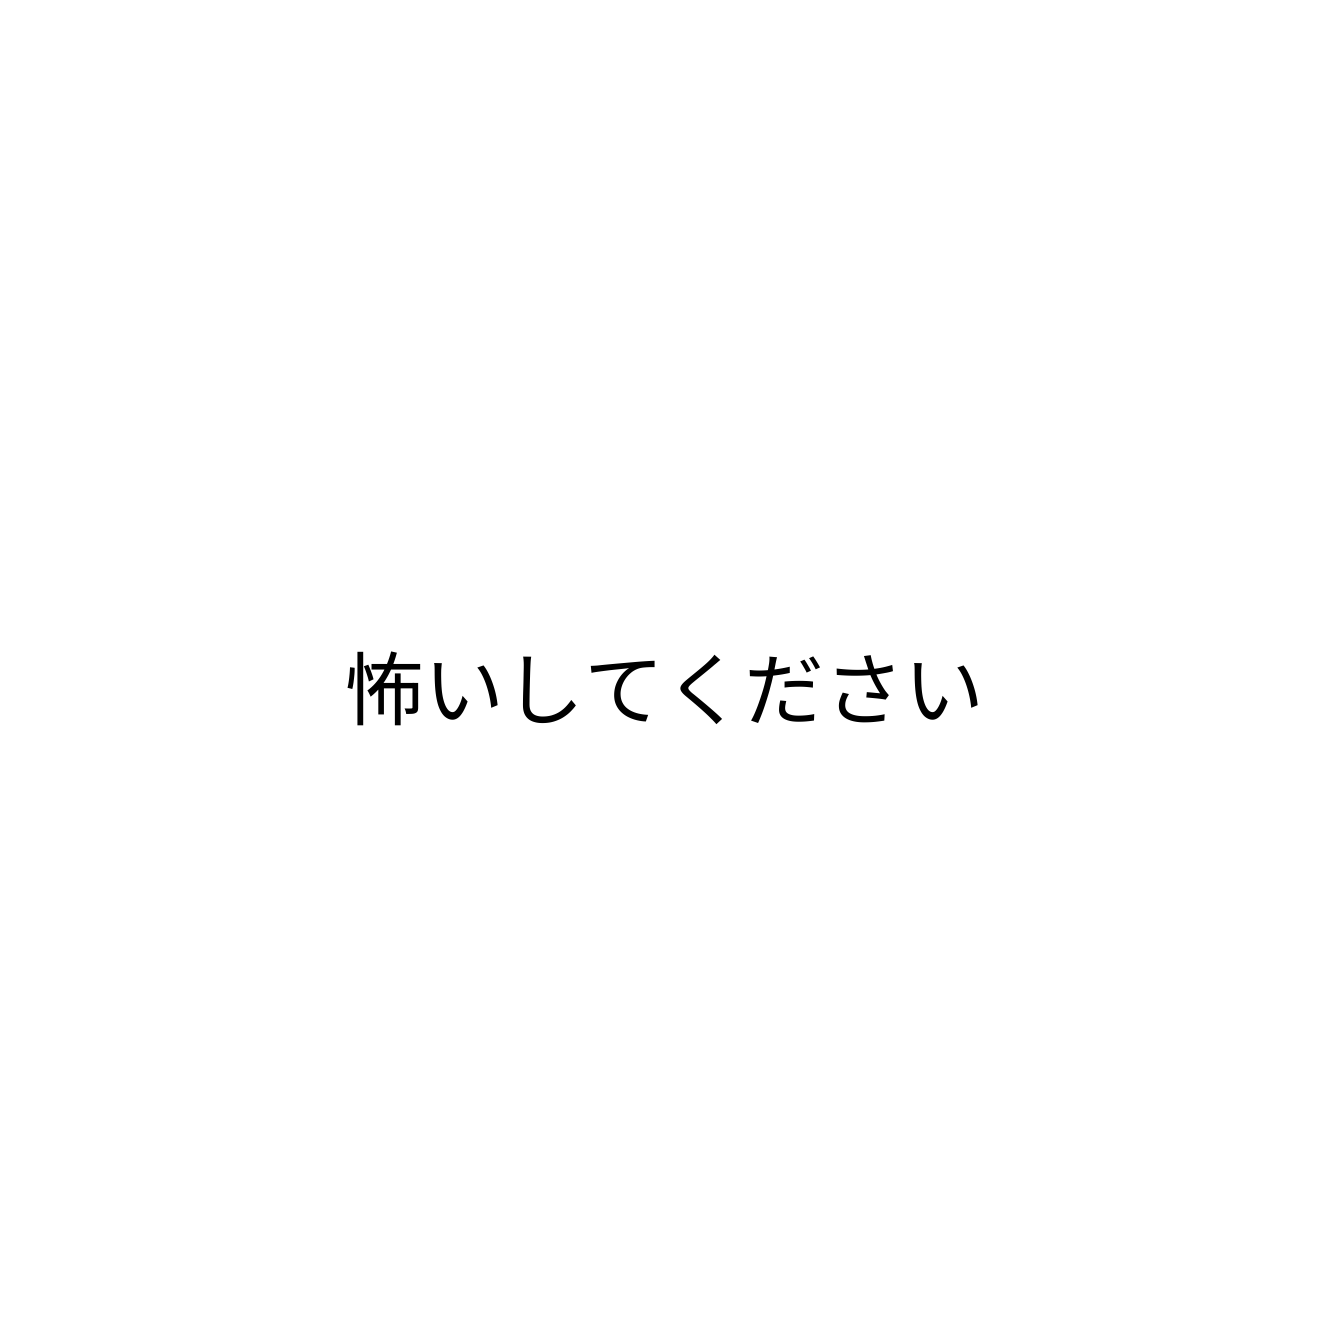
怖いしてください